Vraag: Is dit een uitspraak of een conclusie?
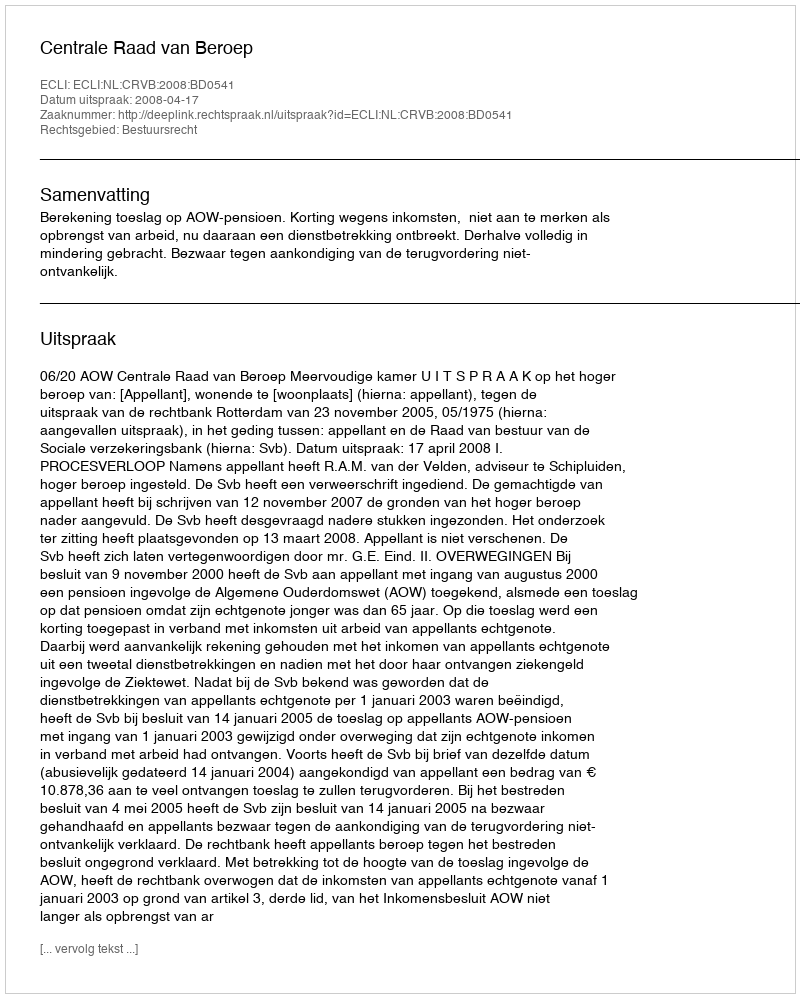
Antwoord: Uitspraak